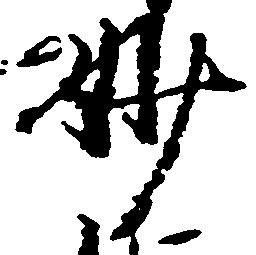
妙